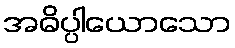
အဓိပ္ပါယောသော